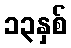
၁၃နှစ်